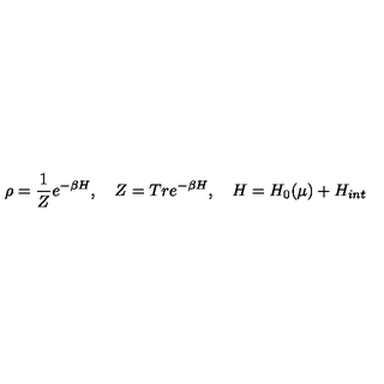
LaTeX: \rho = \frac { 1 } { Z } e ^ { - \beta H } , \quad Z = T r e ^ { - \beta H } , \quad H = H _ { 0 } ( \mu ) + H _ { i n t }